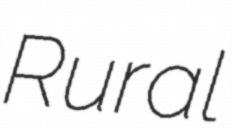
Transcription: Rural